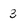
Character: 3